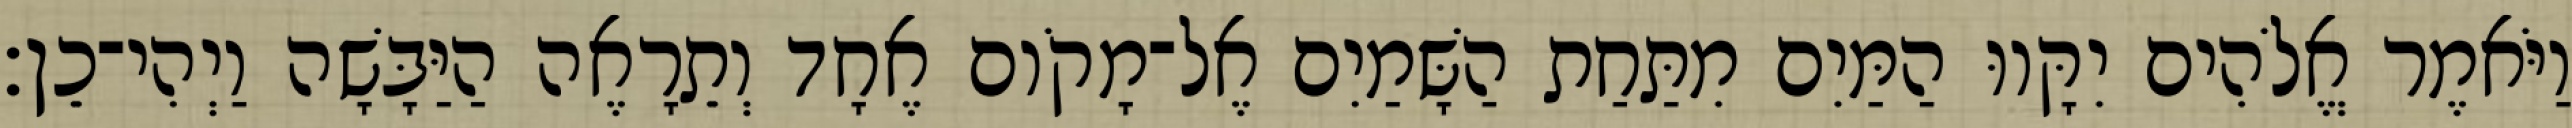
וַיֹּאמֶר אֱלֹהִים יִקָּווּ הַמַּיִם מִתַּחַת הַשָּׁמַיִם אֶל־מָקֹום אֶחָד וְתֵרָאֶה הַיַּבָּשָׁה וַיְהִי־כֵן׃